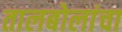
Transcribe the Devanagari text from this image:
तालबोलांचा